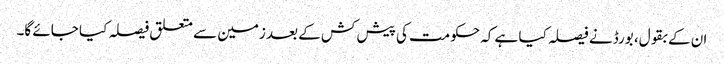
ان کے بقول، بورڈ نے فیصلہ کیا ہے کہ حکومت کی پیش کش کے بعد زمین سے متعلق فیصلہ کیا جائے گا۔